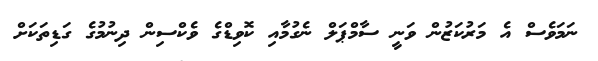
ނަމަވެސް އެ މަރުކަޒުން ވަނީ ސާމްޕަލް ނެގުމާއި ކޮވިޑްގެ ވެކްސިން ދިނުމުގެ ގަޑިތަކަށް